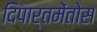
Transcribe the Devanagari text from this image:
दिपार्तमेंतोस